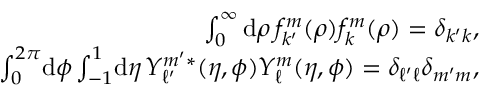
\begin{array} { r } { \int _ { 0 } ^ { \infty } \mathrm { d } \rho \, f _ { k ^ { \prime } } ^ { m } ( \rho ) f _ { k } ^ { m } ( \rho ) = \delta _ { k ^ { \prime } k } , } \\ { \int _ { 0 } ^ { 2 \pi } \! \mathrm { d } \phi \int _ { - 1 } ^ { 1 } \! \mathrm { d } \eta \, Y _ { \ell ^ { \prime } } ^ { m ^ { \prime } * } ( \eta , \phi ) Y _ { \ell } ^ { m } ( \eta , \phi ) = \delta _ { \ell ^ { \prime } \ell } \delta _ { m ^ { \prime } m } , } \end{array}